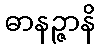
ဓာနဉ္ဇာနိ